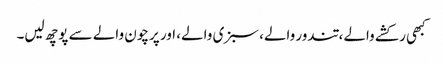
کبھی رکشے والے، تندور والے، سبزی والے، اور پرچون والے سے پوچھ لیں۔